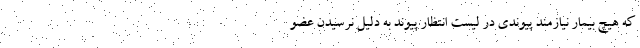
که هیچ بیمار نیازمند پیوندی در لیست انتظار پیوند به دلیل نرسیدن عضو